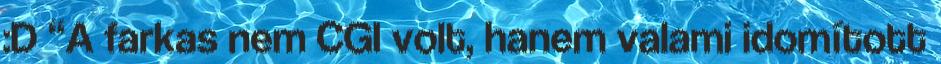
:D “A farkas nem CGI volt, hanem valami idomított